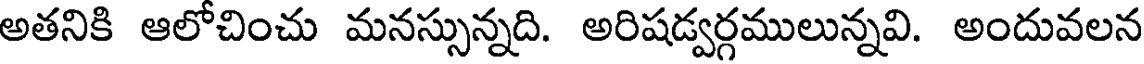
అతనికి ఆలోచించు మనస్సున్నది. అరిషడ్వర్గములున్నవి. అందువలన